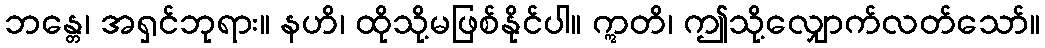
ဘန္တေ၊ အရှင်ဘုရား။ နဟိ၊ ထိုသို့မဖြစ်နိုင်ပါ။ ဣတိ၊ ဤသို့လျှောက်လတ်သော်။